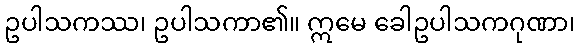
ဥပါသကဿ၊ ဥပါသကာ၏။ ဣမေ ခေါဥပါသကဂုဏာ၊